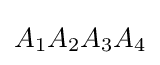
A_{1}A_{2}A_{3}A_{4}